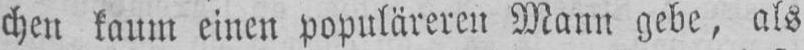
chen kaum einen populäreren Mann gebe, als